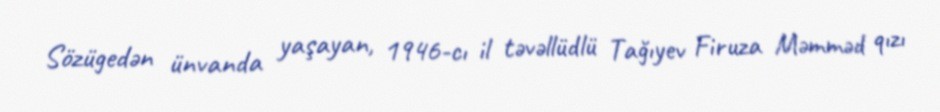
Sözügedən ünvanda yaşayan, 1946-cı il təvəllüdlü Tağıyev Firuza Məmməd qızı